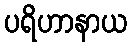
ပရိဟာနာယ